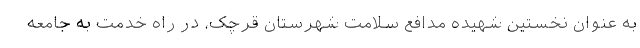
به عنوان نخستین شهیده مدافع سلامت شهرستان قرچک، در راه خدمت به جامعه